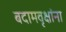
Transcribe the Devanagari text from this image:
बदामवृक्षांना